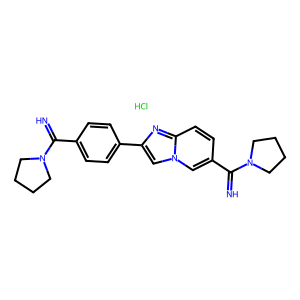
SMILES: Cl.N=C(c1ccc(-c2cn3cc(C(=N)N4CCCC4)ccc3n2)cc1)N1CCCC1
Inhibits HIV replication: Yes